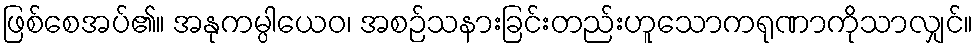
ဖြစ်စေအပ်၏။ အနုကမ္ပါယေဝ၊ အစဉ်သနားခြင်းတည်းဟူသောကရုဏာကိုသာလျှင်။